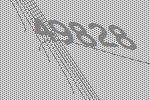
49828